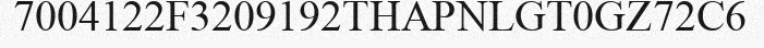
7004122F3209192THAPNLGT0GZ72C6